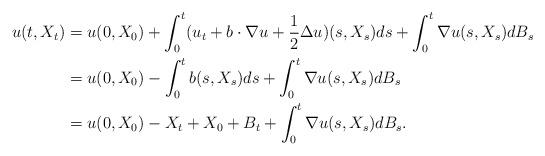
LaTeX: \begin{align*}u(t,X_t)&=u(0,X_0)+\int_0^t (u_t+b\cdot \nabla u+\frac{1}{2}\Delta u)(s,X_s)ds+\int_0^t \nabla u(s,X_s)dB_s \\&= u(0,X_0)-\int_0^t b(s,X_s)ds+\int_0^t \nabla u(s,X_s)dB_s \\&=u(0,X_0)-X_t+X_0+B_t+\int_0^t \nabla u(s,X_s)dB_s.\end{align*}